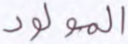
المولود